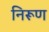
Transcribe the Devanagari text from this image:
निरूण